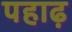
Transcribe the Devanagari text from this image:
पहाढ़